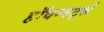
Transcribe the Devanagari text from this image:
हॉवग्वर्ट्स